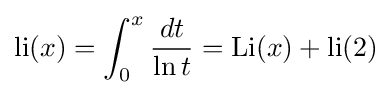
\operatorname {li} (x)=\int _{0}^{x}{\frac {dt}{\ln t}}=\operatorname {Li} (x)+\operatorname {li} (2)